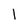
Character: 1